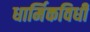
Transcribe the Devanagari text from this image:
धार्मिकविधी